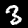
Label: 3